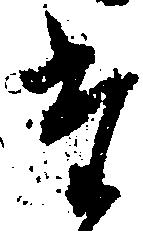
た